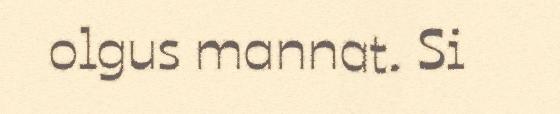
olgus mannat. Si